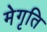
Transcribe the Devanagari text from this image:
मेगृति